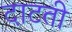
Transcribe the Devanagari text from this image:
दाटती